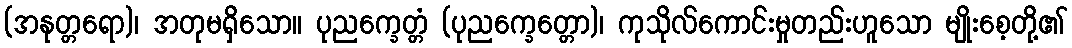
(အနုတ္တရော)၊ အတုမရှိသော။ ပုညက္ခေတ္တံ (ပုညက္ခေတ္တော)၊ ကုသိုလ်ကောင်းမှုတည်းဟူသော မျိုးစေ့တို့၏